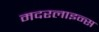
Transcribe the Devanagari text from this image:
मदरलाइन्स